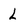
Character: L